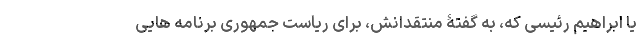
یا ابراهیم رئیسی که، به گفتۀ منتقدانش، برای ریاست جمهوری برنامه هایی